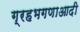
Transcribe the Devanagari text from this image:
ग्रहभगणाआदी